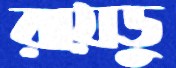
রায়ডু